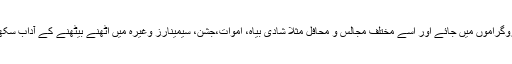
تربیّت کرنے والے کو بھی چاہیے کہ وہ بچے کو اپنے ساتھ لے کر تمام اجتماعی پروگراموں میں جائے اور اسے مختلف مجالس و محافل مثلًا شادی بیاہ، اموات،جشن، سیمینارز وغیرہ میں اٹھنے بیٹھنے کے آداب سکھائے نیزمجالس میں آمدورفت کے آداب اور مختلف قوانین و ضوابط سے آگا ہ کرئے۔